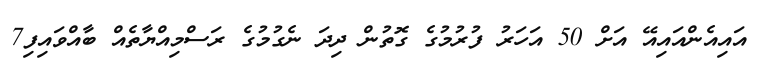
އައިއެންއައިއޭ އަށް 50 އަހަރު ފުރުމުގެ ގޮތުން ދިދަ ނެގުމުގެ ރަސްމިއްޔާތެއް ބާއްވައިފި7